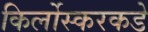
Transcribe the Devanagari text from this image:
किर्लोस्करकडे